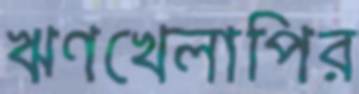
ঋণখেলাপির